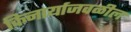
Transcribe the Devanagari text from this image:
किनार्याजवळील